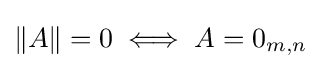
\|A\|=0\iff A=0_{m,n}